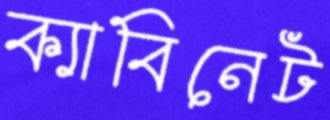
ক্যাবিনেট